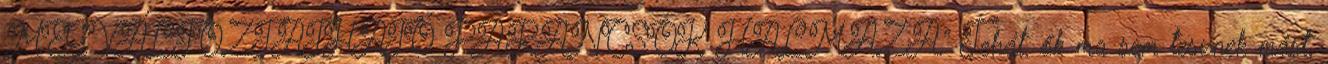
MEGVÁLTOZTATHATÓ PARANCSOK HALMAZA.” Tehát, ők ma sem tesznek mást,